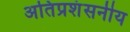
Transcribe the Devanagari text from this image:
अतिप्रशंसनीय